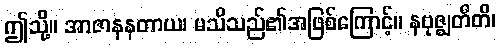
ဤသို့။ အာဇာနနတာယ၊ မသိသည်၏အဖြစ်ကြောင့်။ နဗုဇ္ဈတီတိ၊